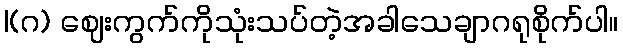
|(ဂ) ဈေးကွက်ကိုသုံးသပ်တဲ့အခါသေချာဂရုစိုက်ပါ။